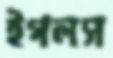
ইগলস